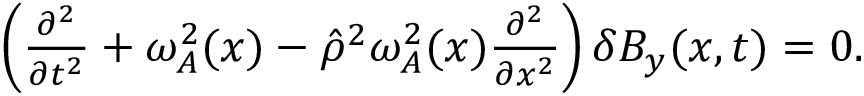
\begin{array} { r } { \left( \frac { \partial ^ { 2 } } { \partial t ^ { 2 } } + \omega _ { A } ^ { 2 } ( x ) - \hat { \rho } ^ { 2 } \omega _ { A } ^ { 2 } ( x ) \frac { \partial ^ { 2 } } { \partial x ^ { 2 } } \right) \delta B _ { y } ( x , t ) = 0 . } \end{array}